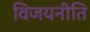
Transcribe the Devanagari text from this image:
विजयनीति